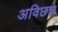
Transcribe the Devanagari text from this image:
अविछन्न